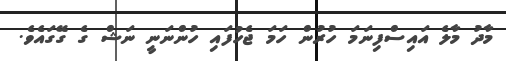
މާދު މާލެ އައިސްފިނަމަ ހުރުން ހަމަ ޖެހުފައި ހުންނަނީ ނަޝް ގެ ގޭގައެވެ.